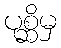
ပုစ္ဆိမှ